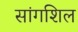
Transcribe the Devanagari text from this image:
सांगशिल